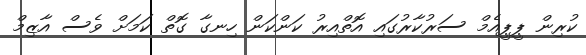
ކުރިން ޕީޕީއެމް ސަރުކާރުގައި އޮތްއިރު ކަންކަން ހިނގާ ގޮތް ކަމަށް ވެސް އާޒިމް